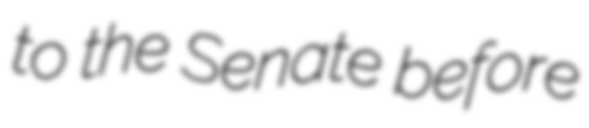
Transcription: to the Senate before